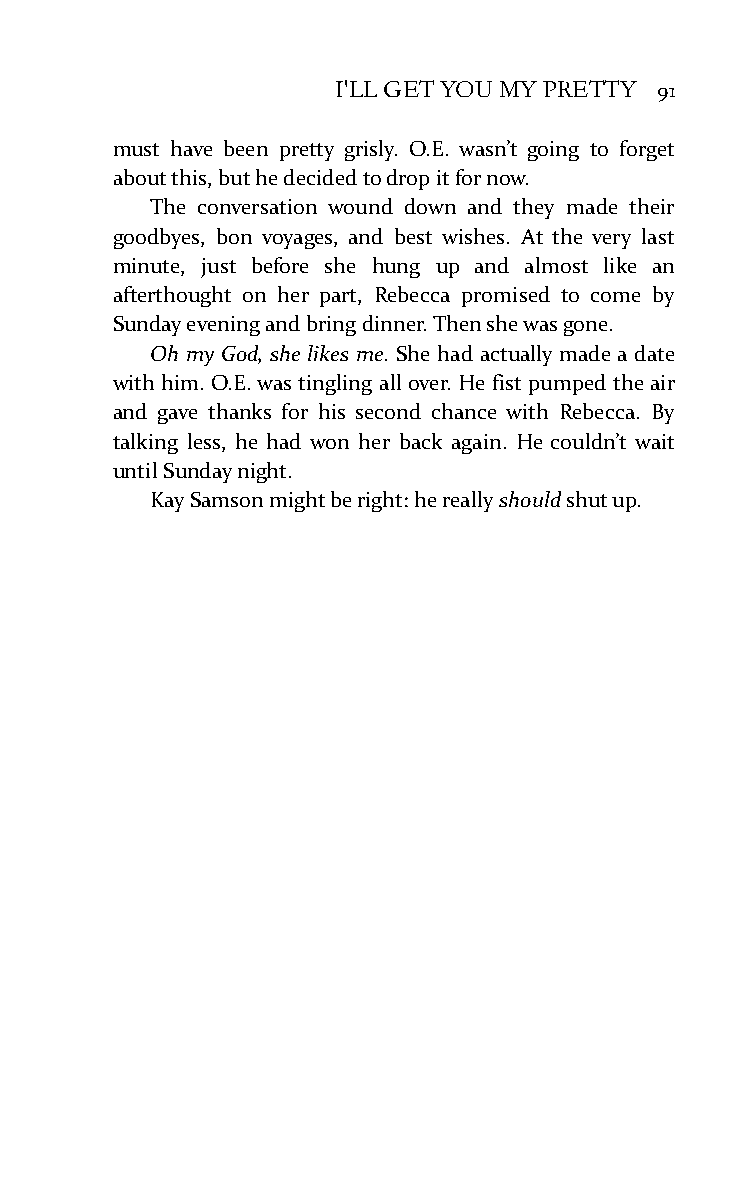
I'LL GET YOU MY PRETTY 91
 must have been pretty grisly. O.E. wasn’t going to forget
 about this, but he decided to drop it for now.
 The conversation wound down and they made their
 goodbyes, bon voyages, and best wishes. At the very last
 minute, just before she hung up and almost like an
 afterthought on her part, Rebecca promised to come by
 Sunday evening and bring dinner. Then she was gone.
 Oh my God, she likes me. She had actually made a date
 with him. O.E. was tingling all over. He fist pumped the air
 and gave thanks for his second chance with Rebecca. By
 talking less, he had won her back again. He couldn’t wait
 until Sunday night.
 Kay Samson might be right: he really should shut up.